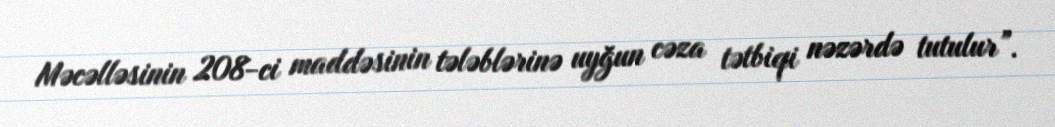
Məcəlləsinin 208-ci maddəsinin tələblərinə uyğun cəza tətbiqi nəzərdə tutulur”.